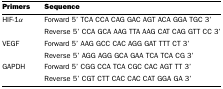
| Primers | Sequence |
 | --- | --- |
 | HIF-1α | Forward 5' TCA CCA CAG GAC AGT ACA GGA TGC 3' |
 |  | Reverse 5' CCA GCA AAG TTA AAG CAT CAG GTT CC 3' |
 | VEGF | Forward 5' AAG GCC CAC AGG GAT TTT CT 3' |
 |  | Reverse 5' AGG AGG GCA GAA TCA TCA CG 3' |
 | GAPDH | Forward 5' CGG CCA TCA CGC CAC AGT TT 3' |
 |  | Reverse 5' CGT CTT CAC CAC CAT GGA GA 3' |